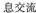
息交流